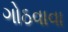
ગોઠવાવા